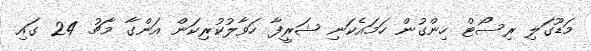
މަޑޫގަލި ރިސޯޓް ހިންގުން ހަމައެކަނި ޝަރީފާ ހަވާލުކުރިކަން އަންގާ މާޗު 24 ގައި